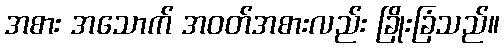
အစား အသောက် အဝတ်အစားလည်း ခြိုးခြံသည်။